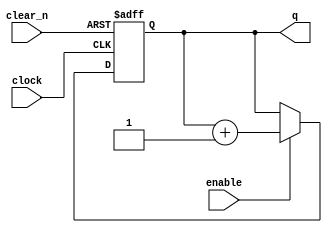

// Verilog Code: T Flip-Flop //

module Tff(clock, enable, clear_n, q);
input clock, enable, clear_n;
output reg q;

	always@(posedge clock, negedge clear_n)
		begin
			if(clear_n == 0)
				q <= 0;
				
			else if(enable == 1)
				q <= q+1;
		end
endmodule
			



module part1(Clock, Enable, Clear_b, CounterValue);
	
input Clock, Enable, Clear_b;
output [7:0]CounterValue;
//output reg [7:0]CounterValue;
//
//	always@(posedge Clock, negedge Clear_b)
//	begin
//		if(Clear_b == 0)
//			CounterValue <= 0;
//		
//		else if(Enable == 1)
//			CounterValue <= CounterValue+1;
//			
//	end

wire [6:0]w;
assign w[0] = Enable & CounterValue[0];
assign w[1] = w[0] & CounterValue[1];
assign w[2] = w[1] & CounterValue[2];
assign w[3] = w[2] & CounterValue[3];
assign w[4] = w[3] & CounterValue[4];
assign w[5] = w[4] & CounterValue[5];
assign w[6] = w[5] & CounterValue[6];


Tff tff1(.clock(Clock), .enable(Enable), .clear_n(Clear_b), .q(CounterValue[0]));
Tff tff2(.clock(Clock), .enable(w[0]), .clear_n(Clear_b), .q(CounterValue[1]));
Tff tff3(.clock(Clock), .enable(w[1]), .clear_n(Clear_b), .q(CounterValue[2]));
Tff tff4(.clock(Clock), .enable(w[2]), .clear_n(Clear_b), .q(CounterValue[3]));
Tff tff5(.clock(Clock), .enable(w[3]), .clear_n(Clear_b), .q(CounterValue[4]));
Tff tff6(.clock(Clock), .enable(w[4]), .clear_n(Clear_b), .q(CounterValue[5]));
Tff tff7(.clock(Clock), .enable(w[5]), .clear_n(Clear_b), .q(CounterValue[6]));
Tff tff8(.clock(Clock), .enable(w[6]), .clear_n(Clear_b), .q(CounterValue[7]));

endmodule